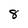
Character: 8